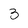
Character: 3